Indian journal of veterinary science and animal husbandry - Volume 13,
Year: 1943
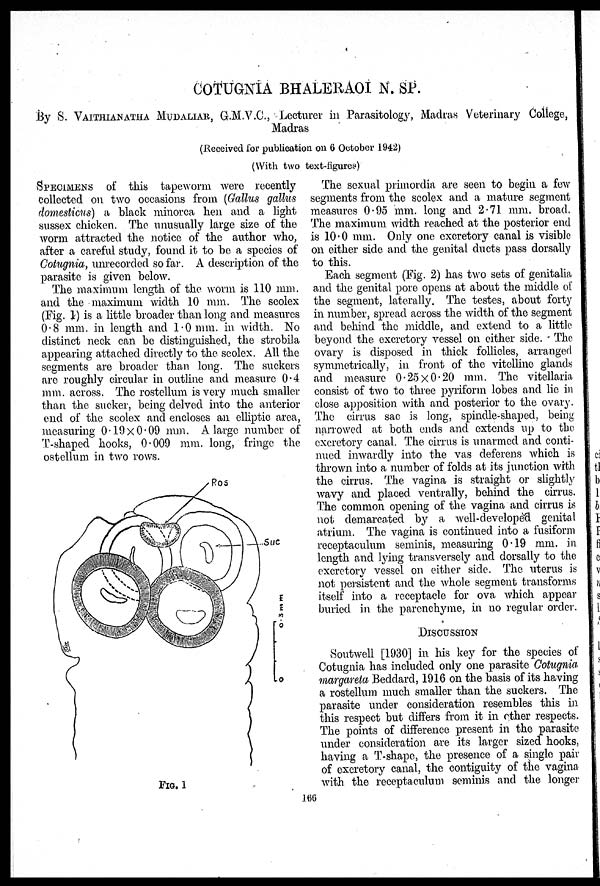
COTUGNIA BHALERAOI N. SP.
By S. VAITHIANATHA MUDALIAR, G.M.V.C., Lecturer in Parasitology, Madras Veterinary College,
Madras
(Received for publication on 6 October 1942)
(With two text-figures)
SPECIMENS of this tapeworm were recently
collected on two occasions from (Gallus gallus
domesticus) a black minorca hen and a light
sussex chicken. The unusually large size of the
worm attracted the notice of the author who,
after a careful study, found it to be a species of
Cotugnia, unrecorded so far. A description of the
parasite is given below.
The maximum length of the worm is 110 mm.
and the maximum width 10 mm. The scolex
(Fig. 1) is a little broader than long and measures
0.8 mm. in length and 1.0 mm. in width. No
distinct neck can be distinguished, the strobila
appearing attached directly to the scolex. All the
segments are broader than long. The suckers
are roughly circular in outline and measure 0.4
mm. across. The rostellum is very much smaller
than the sucker, being delved into the anterior
end of the scolex and encloses an elliptic area,
measuring 0.19 × 0.09 mm. A large number of
T-shaped hooks, 0.009 mm. long, fringe the
ostellum in two rows.
FIG. 1
The sexual primordia are seen to begin a few
segments from the scolex and a mature segment
measures 0.95 mm. long and 2.71 mm. broad.
The maximum width reached at the posterior end
is 10.0 mm. Only one excretory canal is visible
on either side and the genital ducts pass dorsally
to this.
Each segment (Fig. 2) has two sets of genitalia
and the genital pore opens at about the middle of
the segment, laterally. The testes, about forty
in number, spread across the width of the segment
and behind the middle, and extend to a little
beyond the excretory vessel on either side. The
ovary is disposed in thick follicles, arranged
symmetrically, in front of the vitelline glands
and measure 0.25 × 0.20 mm. The vitellaria
consist of two to three pyriform lobes and lie in
close apposition with and posterior to the ovary
The cirrus sac is long, spindle-shaped, being
narrowed at both ends and extends up to the
excretory canal. The cirrus is unarmed and conti-
nued inwardly into the vas deferens which is
thrown into a number of folds at its junction with
the cirrus. The vagina is straight or slightly
wavy and placed ventrally, behind the cirrus.
The common opening of the vagina and cirrus is
not demarcated by a well-developed genital
atrium. The vagina is continued into a fusiform
receptaculum seminis, measuring 0.19 mm. in
length and lying transversely and dorsally to the
excretory vessel on either side. The uterus is
not persistent and the whole segment transforms
itself into a receptacle for ova which appear
buried in the parenchyme, in no regular order.
DISCUSSION
Soutwell [1930] in his key for the species of
Cotugnia has included only one parasite Cotugnia
margareta Beddard, 1916 on the basis of its having
a rostellum much smaller than the suckers. The
parasite under consideration resembles this in
this respect but differs from it in other respects.
The points of difference present in the parasite
under consideration are its larger sized hooks,
having a T-shape, the presence of a single pair
of excretory canal, the contiguity of the vagina
with the receptaculum seminis and the longer
166